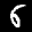
Label: 6